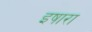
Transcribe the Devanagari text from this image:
इषारा